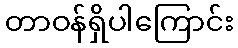
တာဝန်ရှိပါကြောင်း